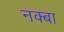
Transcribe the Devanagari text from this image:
नक्बा